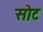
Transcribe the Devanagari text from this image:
सोट